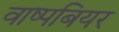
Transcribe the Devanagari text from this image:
वाष्पबियर